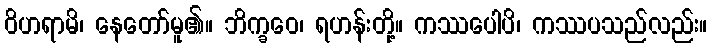
ဝိဟရာမိ၊ နေတော်မူ၏။ ဘိက္ခဝေ၊ ရဟန်းတို့။ ကဿပေါပိ၊ ကဿပသည်လည်း။